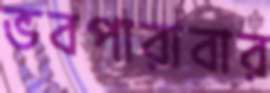
ভবপারাবার